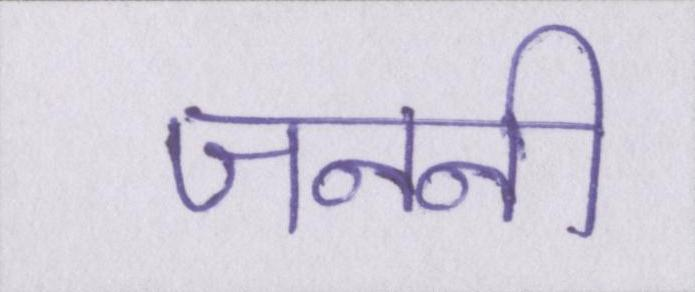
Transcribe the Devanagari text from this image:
जननी